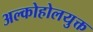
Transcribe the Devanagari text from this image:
अल्कोहोलयुक्त